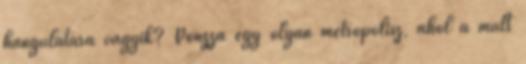
hangulatára vágyik? Vonzza egy olyan metropolisz, ahol a múlt